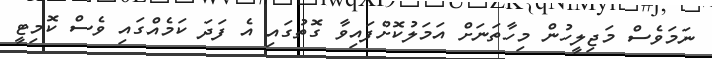
ނަމަވެސް މަޖިލީހުން މިހާތަނަށް އަމަލުކޮށްފައިވާ ގޮތުގައި އެ ފަދަ ކަމެއްގައި ވެސް ކޮމިޓީ